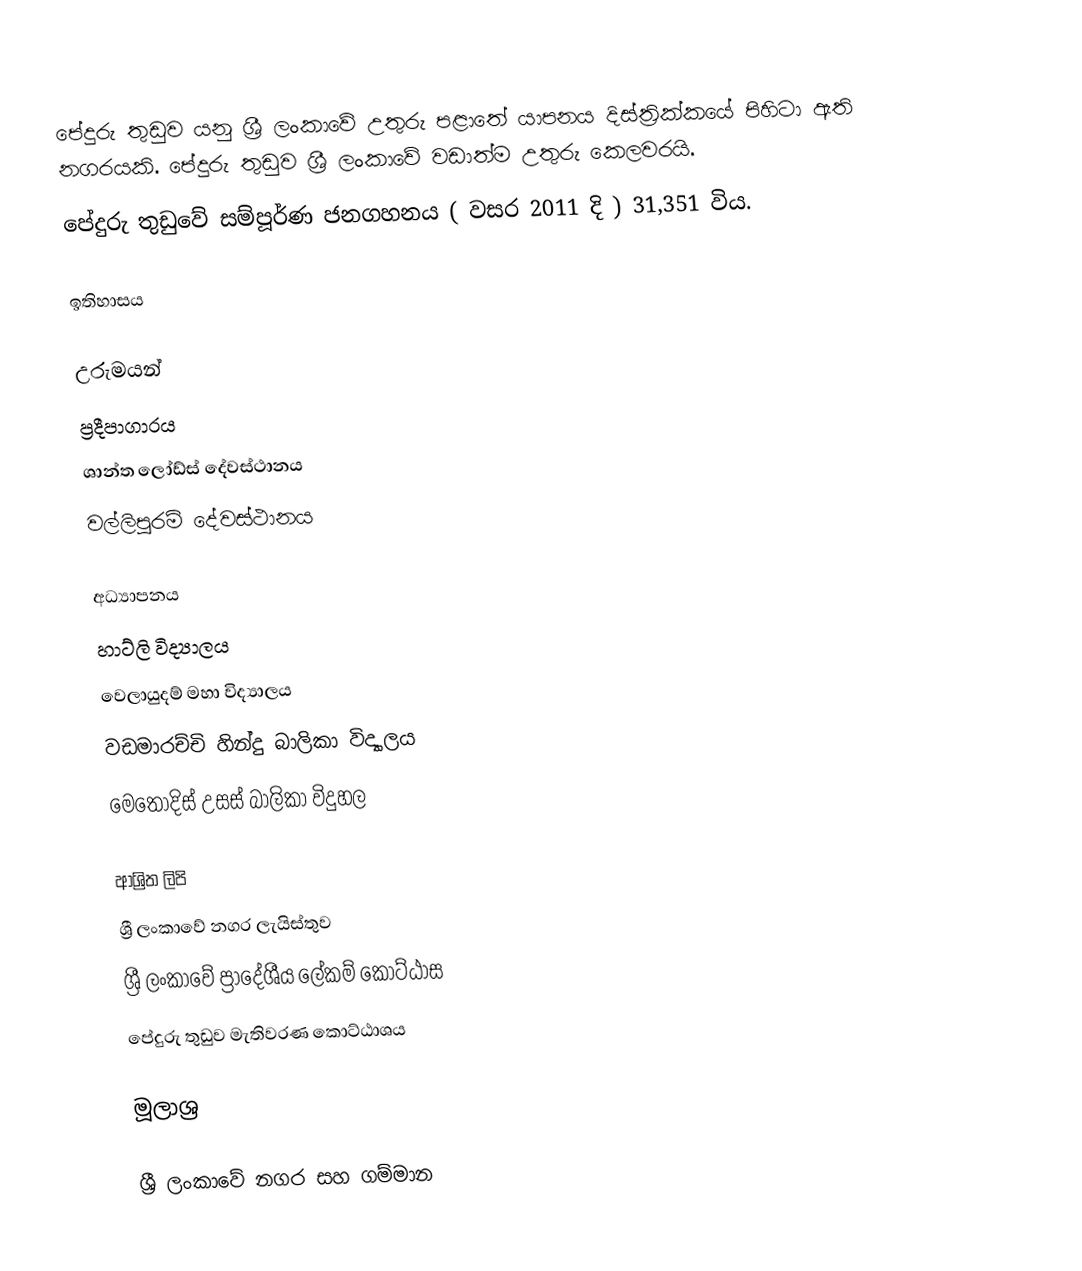
පේදුරු තුඩුව යනු ශ්‍රී ලංකාවේ උතුරු පළාතේ යාපනය දිස්ත්‍රික්කයේ පිහිටා ඇති නගරයකි. පේදුරු තුඩුව ශ්‍රී ලංකාවේ වඩාත්ම උතුරු කෙලවරයි.
පේදුරු තුඩුවේ සම්පූර්ණ ජනගහනය ( වසර 2011 දි ) 31,351 විය.

ඉතිහාසය

උරුමයන්
ප්‍රදීපාගාරය
ශාන්ත ලෝඩ්ස් දේවස්ථානය
වල්ලිපුරම් දේවස්ථානය

අධ්‍යාපනය
හාට්ලි විද්‍යාලය
වෙලායුදම් මහා විද්‍යාලය
වඩමාරච්චි හින්දු බාලිකා විද්‍යාලය
මෙතොදිස් උසස් බාලිකා විදුහල

ආශ්‍රිත ලිපි
ශ්‍රී ලංකාවේ නගර ලැයිස්තුව
ශ්‍රී ලංකාවේ ප්‍රාදේශීය ලේකම් කොට්ඨාස
පේදුරු තුඩුව මැතිවරණ කොට්ඨාශය

මූලාශ්‍ර

ශ්‍රී ලංකාවේ නගර සහ ගම්මාන